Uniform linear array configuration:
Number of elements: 4
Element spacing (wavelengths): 0.25
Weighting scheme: binomial
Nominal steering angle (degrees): -60
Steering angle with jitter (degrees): -60.312
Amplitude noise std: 0.05
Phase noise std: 0.05

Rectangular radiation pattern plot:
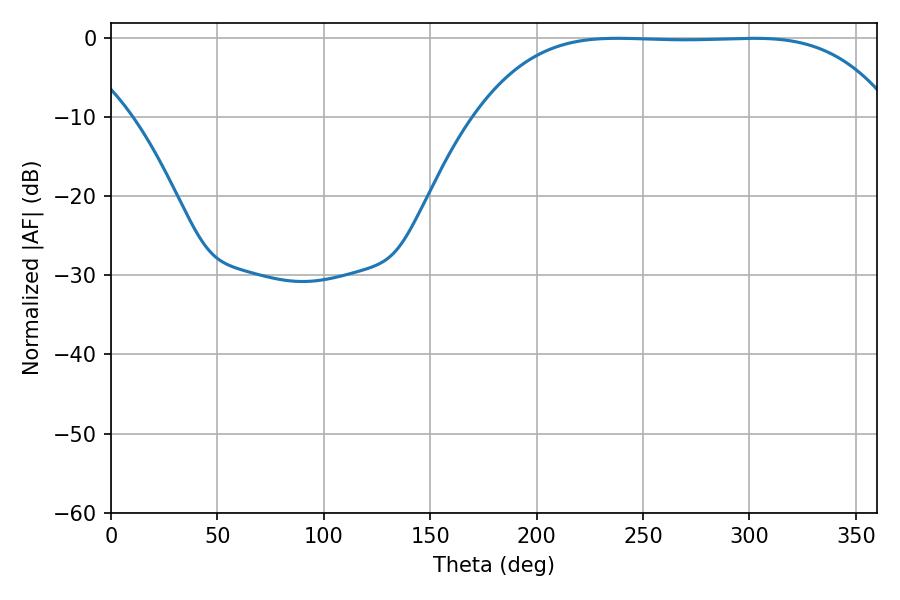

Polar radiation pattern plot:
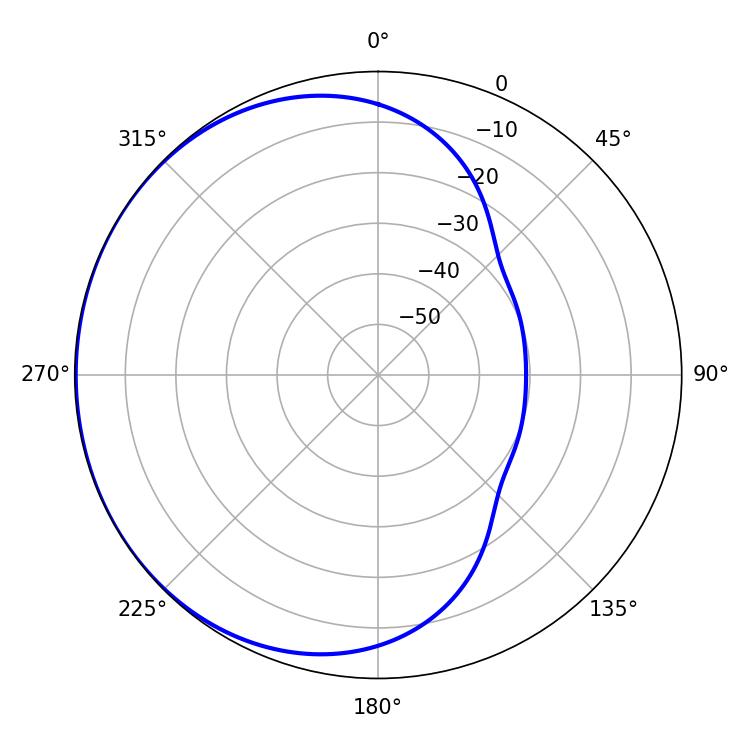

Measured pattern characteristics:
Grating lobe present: FALSE
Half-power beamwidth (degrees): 150.12
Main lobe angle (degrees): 238.14